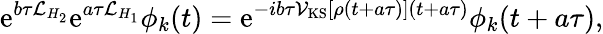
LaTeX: \mathrm{e}^{b\tau\mathcal{L}_{H_{2}}}\mathrm{e}^{a\tau\mathcal{L}_{H_{1}}}\phi_{k}(t)=\mathrm{e}^{-ib\tau\mathcal{V}_{\mathrm{KS}}[\rho(t+a\tau)](t+a\tau)}\phi_{k}(t+a\tau),